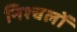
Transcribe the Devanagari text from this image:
निश्चलों